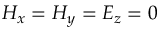
H _ { x } = H _ { y } = E _ { z } = 0